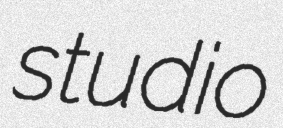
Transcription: studio